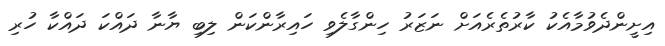
އިށީންދެވުމާއެކު ކާރުތެރެއަށް ނަޒަރު ހިންގާލެވި ހައިރާންކަން ލިބި ޔާނާ ދައްކަ ދައްކާ ހުރި